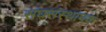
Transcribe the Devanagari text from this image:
संघसंस्थापक